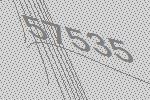
57535